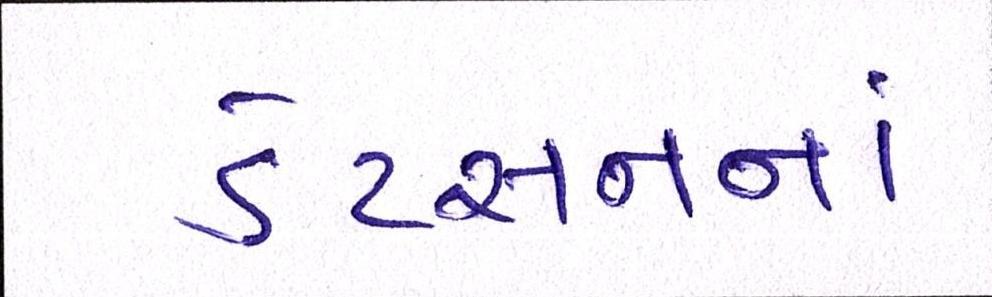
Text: ડેટસનનાં